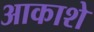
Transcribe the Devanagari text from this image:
आकाशे